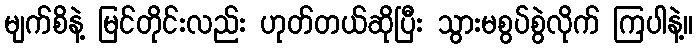
မျက်စိနဲ့ မြင်တိုင်းလည်း ဟုတ်တယ်ဆိုပြီး သွားမစွပ်စွဲလိုက် ကြပါနဲ့။